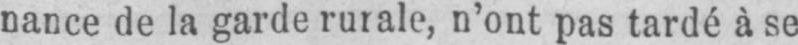
nance de la garde rurale, n’ont pas tardé à se